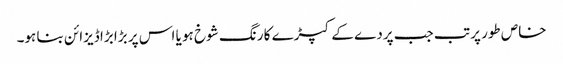
خاص طور پر تب جب پردے کے کپڑے کا رنگ شوخ ہو یا اس پر بڑا بڑا ڈیزائن بنا ہو۔